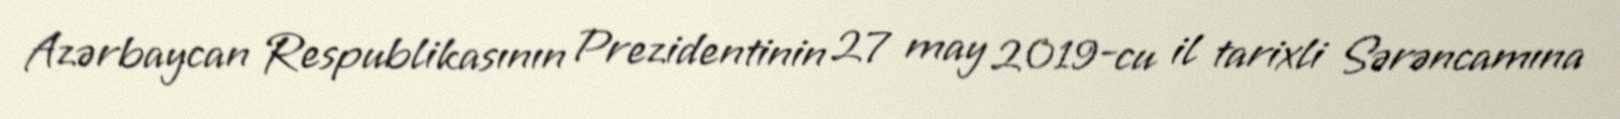
Azərbaycan Respublikasının Prezidentinin 27 may 2019-cu il tarixli Sərəncamına